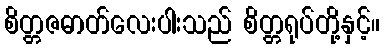
စိတ္တဇဓာတ်လေးပါးသည် စိတ္တရုပ်တို့နှင့်။